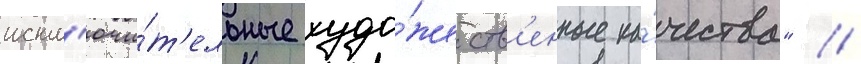
искл'ючи́т'ельные худо́жеств'енные ка́чества" //